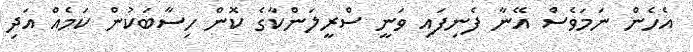
އެހެން ނަމަވެސް އޭނާ ފެނިފައި ވަނީ ސްރީލަންކާގެ ކޮން ހިސާބަކުން ކަމެއް އަދި